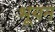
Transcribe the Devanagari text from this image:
भूयन